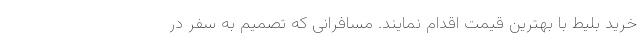
خرید بلیط با بهترین قیمت اقدام نمایند. مسافرانی که تصمیم به سفر در